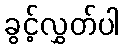
ခွင့်လွှတ်ပါ